Reports on military cantonments and civil stations in the Presidency of Bombay inspected by the Sanitary Commissioner in the years 1875 and 1876
Year: 1875
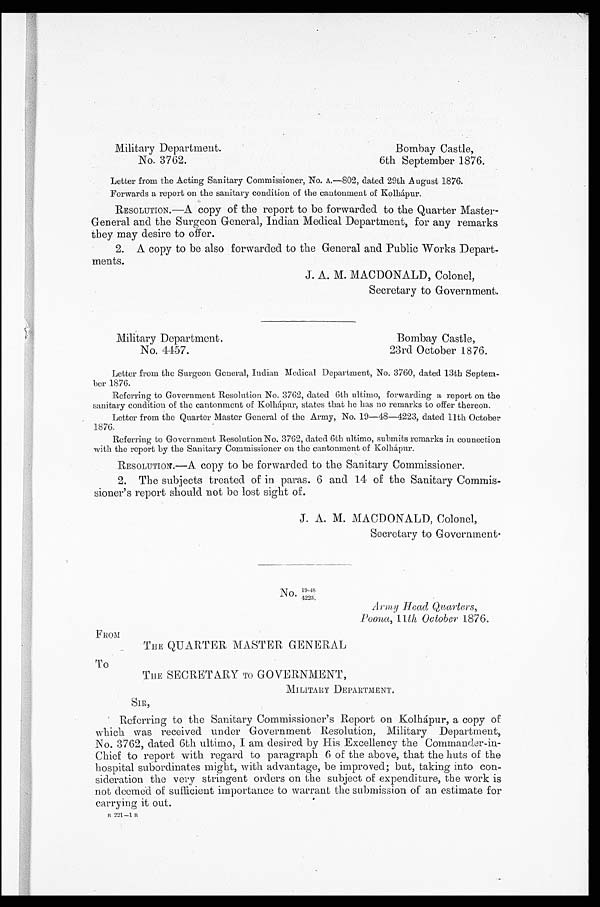
FROM
T o
Military Department.
Bombay Castle,
No. 3762.
6th September 1876.
Letter from the Acting Sanitary Commissioner, No. A.-802, dated 29th August 1876.
Forwards a report on the sanitary condition of the cantonment of Kolhápur.
RESOLUTION. —A copy of the report to be forwarded to the Quarter Master-
General and the Surgeon General, Indian Medical Department, for any remarks
they may desire to offer.
2. A copy to be also forwarded to the General and Public Works Depart-
ments.
J. A. M. MACDONALD, Colonel,
Secretary to Government.
Military Department.
Bombay Castle,
No. 4457.
23rd October 1876.
Letter from the Surgeon General, Indian Medical Department, No. 3760, dated 13th Septem-
ber 1876.
Referring to Government Resolution No. 3762, dated 6th ultimo, forwarding a report on the
sanitary condition of the cantonment of Kolhápur, states that he has no remarks to offer thereon.
Letter from the Quarter Master General of the Army, No. 19—48—4223, dated 11th October
1876.
Referring to Government Resolution No. 3762, dated 6th ultimo, submits remarks in connection
with the report by the Sanitary Commissioner on the cantonment of Kolhápur.
RESOLUTION.— A. copy to be forwarded to the Sanitary Commissioner.
2. The subjects treated of in paras. 6 and 14 of the Sanitary Commis-
sioner's report should not be lost sight of.
J. A. M. MACDONALD, Colonel,
Secretary to Government
No 1 9 - 4 8
4223.
Army Head Quarters,
Poona, 11th October 1876.
THE QUARTER MASTER GENERAL
THE SECRETARY TO GOVERNMENT,
MILITARY DEPARTMENT.
S I R ,
B
2 2 1 — 1
B